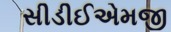
સીડીઈએમજી